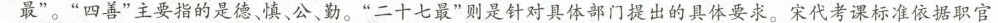
最”。”四善”主要指的是德、慎、公、勤。”二十七最”则是针对具体部门提出的具体要求。宋代考课标准依据职官